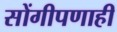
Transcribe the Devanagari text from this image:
सोंगीपणाही